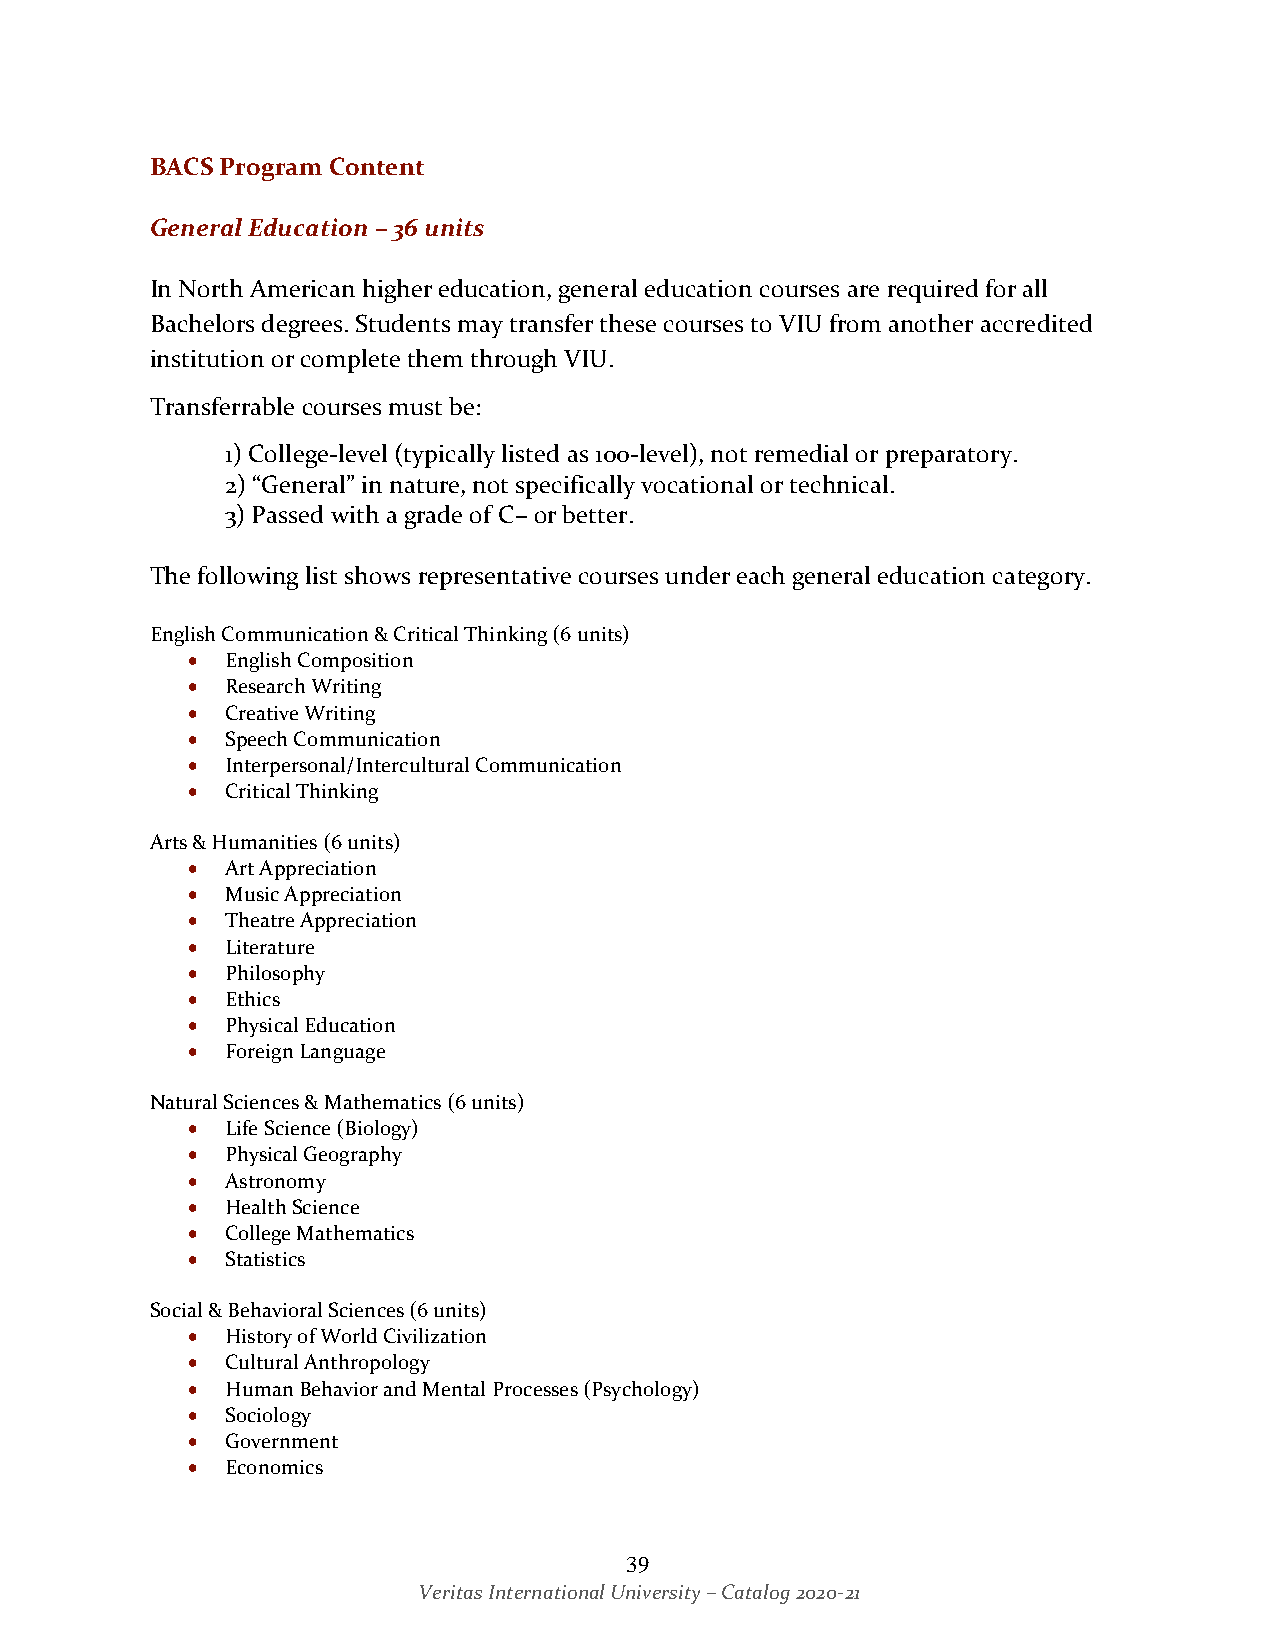
BACS Program Content
 General Education – 36 units
 In North American higher education, general education courses are required for all
 Bachelors degrees. Students may transfer these courses to VIU from another accredited
 institution or complete them through VIU.
 Transferrable courses must be:
 1) College-level (typically listed as 100-level), not remedial or preparatory.
 2) “General” in nature, not specifically vocational or technical.
 3) Passed with a grade of C– or better.
 The following list shows representative courses under each general education category.
 English Communication & Critical Thinking (6 units)
 •  English Composition
 •  Research Writing
 •  Creative Writing
 •  Speech Communication
 •  Interpersonal/Intercultural Communication
 •  Critical Thinking
 Arts & Humanities (6 units)
 •  Art Appreciation
 •  Music Appreciation
 •  Theatre Appreciation
 •  Literature
 •  Philosophy
 •  Ethics
 •  Physical Education
 •  Foreign Language
 Natural Sciences & Mathematics (6 units)
 •  Life Science (Biology)
 •  Physical Geography
 •  Astronomy
 •  Health Science
 •  College Mathematics
 •  Statistics
 Social & Behavioral Sciences (6 units)
 •  History of World Civilization
 •  Cultural Anthropology
 •  Human Behavior and Mental Processes (Psychology)
 •  Sociology
 •  Government
 •  Economics
 39
 Veritas International University – Catalog 2020-21